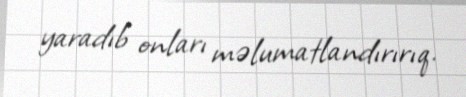
yaradıb onları məlumatlandırırıq.